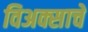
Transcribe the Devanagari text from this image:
विअक्साचे